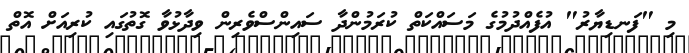
މި "ފަނޑިޔާރު" އުފެއްދުމުގެ މަސައްކަތް ކުރަމުންދާ ސައިންސްވެރިން ވިދާޅުވާ ގޮތުގައި ކުރިއަށް އޮތް